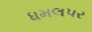
ધમલપર